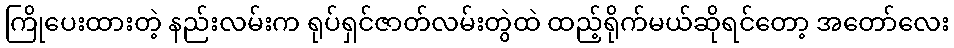
ကြိုပေးထားတဲ့ နည်းလမ်းက ရုပ်ရှင်ဇာတ်လမ်းတွဲထဲ ထည့်ရိုက်မယ်ဆိုရင်တော့ အတော်လေး